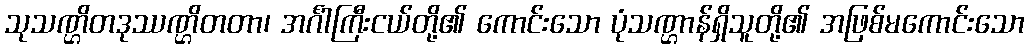
သုသဏ္ဌိတဒုဿဏ္ဌိတတာ၊ အင်္ဂါကြီးငယ်တို့၏ ကောင်းသော ပုံသဏ္ဌာန်ရှိသူတို့၏ အဖြစ်မကောင်းသော